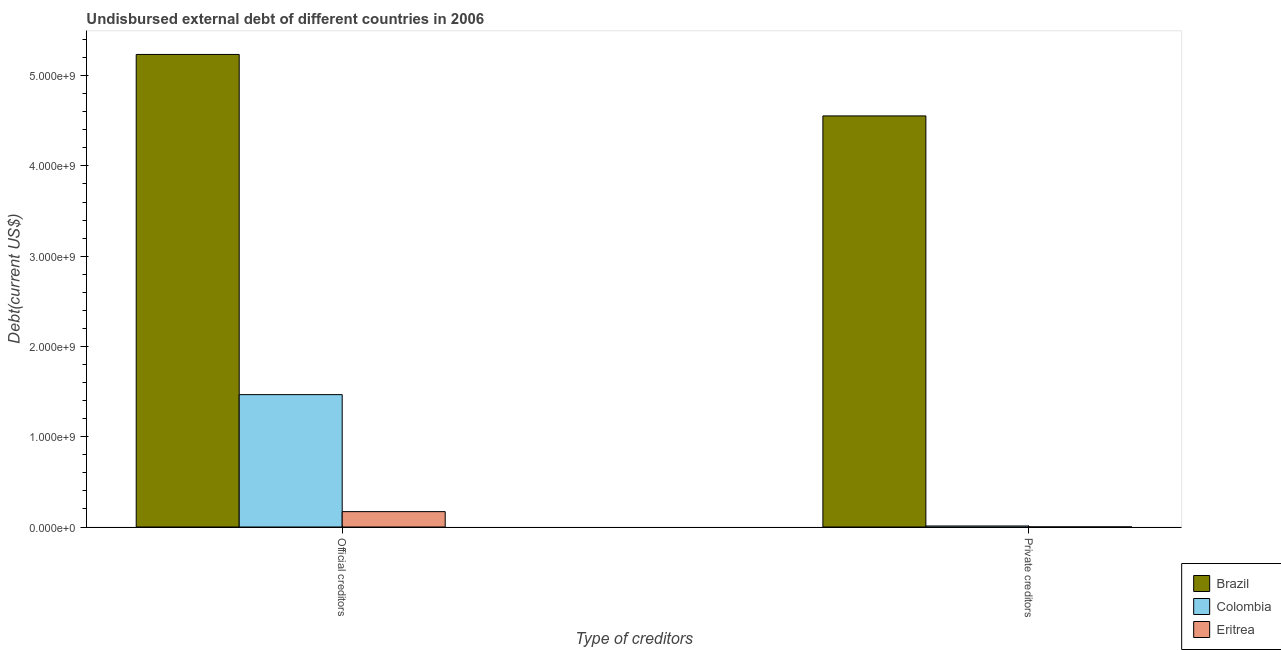
| Type of creditors | Brazil | Colombia | Eritrea |
 | --- | --- | --- | --- |
 | Official creditors | 5.23e+09 | 1.47e+09 | 1.7e+08 |
 | Private creditors | 4.55e+09 | 1.12e+07 | 7.23e+05 |